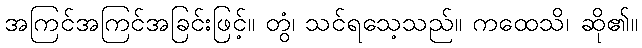
အကြင်အကြင်အခြင်းဖြင့်။ တွံ၊ သင်ရသေ့သည်။ ကထေသိ၊ ဆို၏။